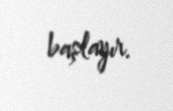
başlayır.